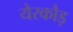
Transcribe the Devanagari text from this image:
येरकौड़